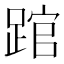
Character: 䠉